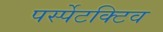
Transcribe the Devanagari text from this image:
पर्स्पेटक्टिव